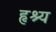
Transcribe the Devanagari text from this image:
हृश्य